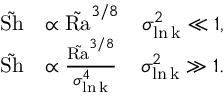
\begin{array} { r l r } { \tilde { \mathrm { S h } } } & { \propto \tilde { \mathrm { R a } } ^ { 3 / 8 } } & { \sigma _ { \mathrm { \ln k } } ^ { 2 } \ll 1 , } \\ { \tilde { \mathrm { S h } } } & { \propto \frac { \tilde { \mathrm { R a } } ^ { 3 / 8 } } { \sigma _ { \mathrm { \ln k } } ^ { 4 } } } & { \sigma _ { \mathrm { \ln k } } ^ { 2 } \gg 1 . } \end{array}